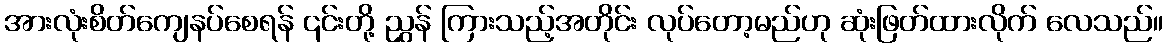
အားလုံးစိတ်ကျေနပ်စေရန် ၎င်းတို့ ညွှန် ကြားသည့်အတိုင်း လုပ်တော့မည်ဟု ဆုံးဖြတ်ထားလိုက် လေသည်။